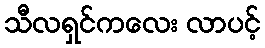
သီလရှင်ကလေး လာပင့်